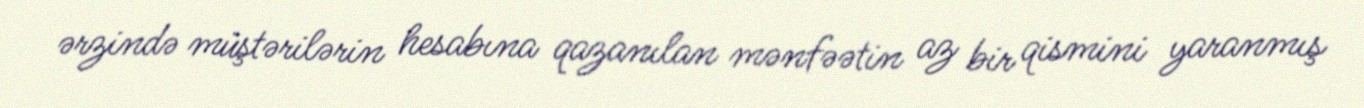
ərzində müştərilərin hesabına qazanılan mənfəətin az bir qismini yaranmış